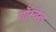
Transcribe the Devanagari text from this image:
गॉस्वेल